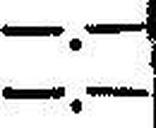
—.—